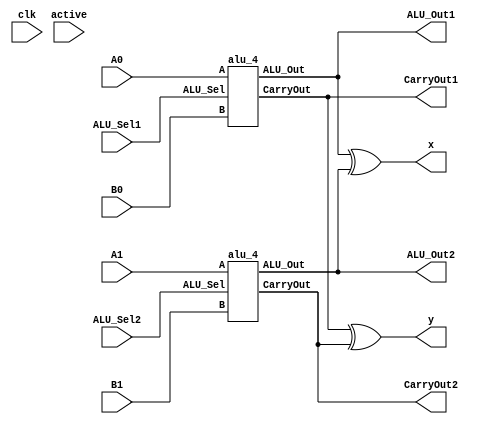
// Code your design here
module alu_xor_4(
`ifdef USE_POWER_PINS
        inout vccd1,    // User area 1 1.8V supply
        inout vssd1,    // User area 1 digital ground
`endif
input clk,
  input [3:0] A0,B0,A1,B1,  // ALU 8-bit Inputs
input [1:0] ALU_Sel1,ALU_Sel2,// ALU Selection
  output [3:0] ALU_Out1,ALU_Out2, // ALU 8-bit Output
output CarryOut1,CarryOut2, // Carry Out Flag
  output [3:0] x,
output y,
input [1:0] active
);

alu_4 alu_4_1(
.A (A0),
.B (B0),
.ALU_Sel (ALU_Sel1),
.ALU_Out (ALU_Out1),
.CarryOut (CarryOut1)
);

alu_4 alu_4_2(
.A (A1),
.B (B1),
.ALU_Sel (ALU_Sel2),
.ALU_Out (ALU_Out2),
.CarryOut (CarryOut2)
);


  assign x[3:0] = ALU_Out1[3:0] ^ ALU_Out2[3:0];
assign y = CarryOut1 ^ CarryOut2;
  always @(*)
begin
  
  $display("A0", A0[3:0]);
  $display("B0", B0[3:0]);
  $display("A1", A1[3:0]);
  $display("B1", B1[3:0]);
  $display("ALU_Sel1", ALU_Sel1[1:0]);
  $display("ALU_Sel2", ALU_Sel2[1:0]);
  #1000;  
  $display("ALU_Out1", ALU_Out1[3:0]);
  $display("ALU_Out2", ALU_Out2[3:0]);
  $display("CarryOut1", CarryOut1);
  $display("CarryOut2", CarryOut2);
  $display("x", x[3:0]);
  $display("y", y);
  
#1000;  
if (x!=0)
$display ("Faulty ALU");
else
$display ("ALU is right");
if (y!=0)
$display ("Faulty Carry");
else
$display ("Carry is right");
end


endmodule

module alu_4(
  input [3:0] A,B,  // ALU 8-bit Inputs
input [1:0] ALU_Sel,// ALU Selection
  output [3:0] ALU_Out, // ALU 8-bit Output
output CarryOut // Carry Out Flag
);
  reg [4:0] ALU_Result;

  assign ALU_Out = ALU_Result[3:0]; // ALU out
  assign CarryOut = ALU_Result[4];

always @(*)
begin
case(ALU_Sel)
2'b00: // Addition
ALU_Result = A + B ;
2'b01: // Subtraction
ALU_Result = A - B ;
2'b10: // and
ALU_Result = A & B;
2'b11: // or
ALU_Result = A | B;

default: ALU_Result = A + B ;
endcase
end

endmodule